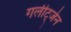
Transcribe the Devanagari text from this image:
गर्लीट्जेन